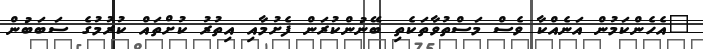
"އެހެންކަމުން އަނެއްކާ ވެސް މަސްތުވާތަކެތި ބޭނުންކުރަން ފެށުމާއި އިތުރު ކުށްތައް ކުރުމުގެ ސަބަބުން